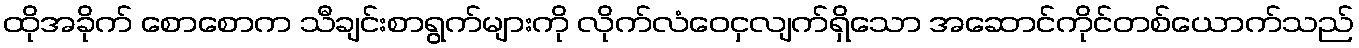
ထိုအခိုက် စောစောက သီချင်းစာရွက်များကို လိုက်လံဝေငှလျက်ရှိသော အဆောင်ကိုင်တစ်ယောက်သည်